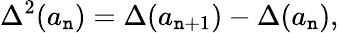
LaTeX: \Delta^{2}(a_{\mathtt{n}})=\Delta(a_{\mathtt{n}+1})-\Delta(a_{\mathtt{n}}),